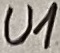
Text: U1